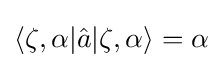
\langle \zeta ,\alpha |{\hat {a}}|\zeta ,\alpha \rangle =\alpha